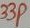
Text: 33P